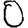
Digit: 0